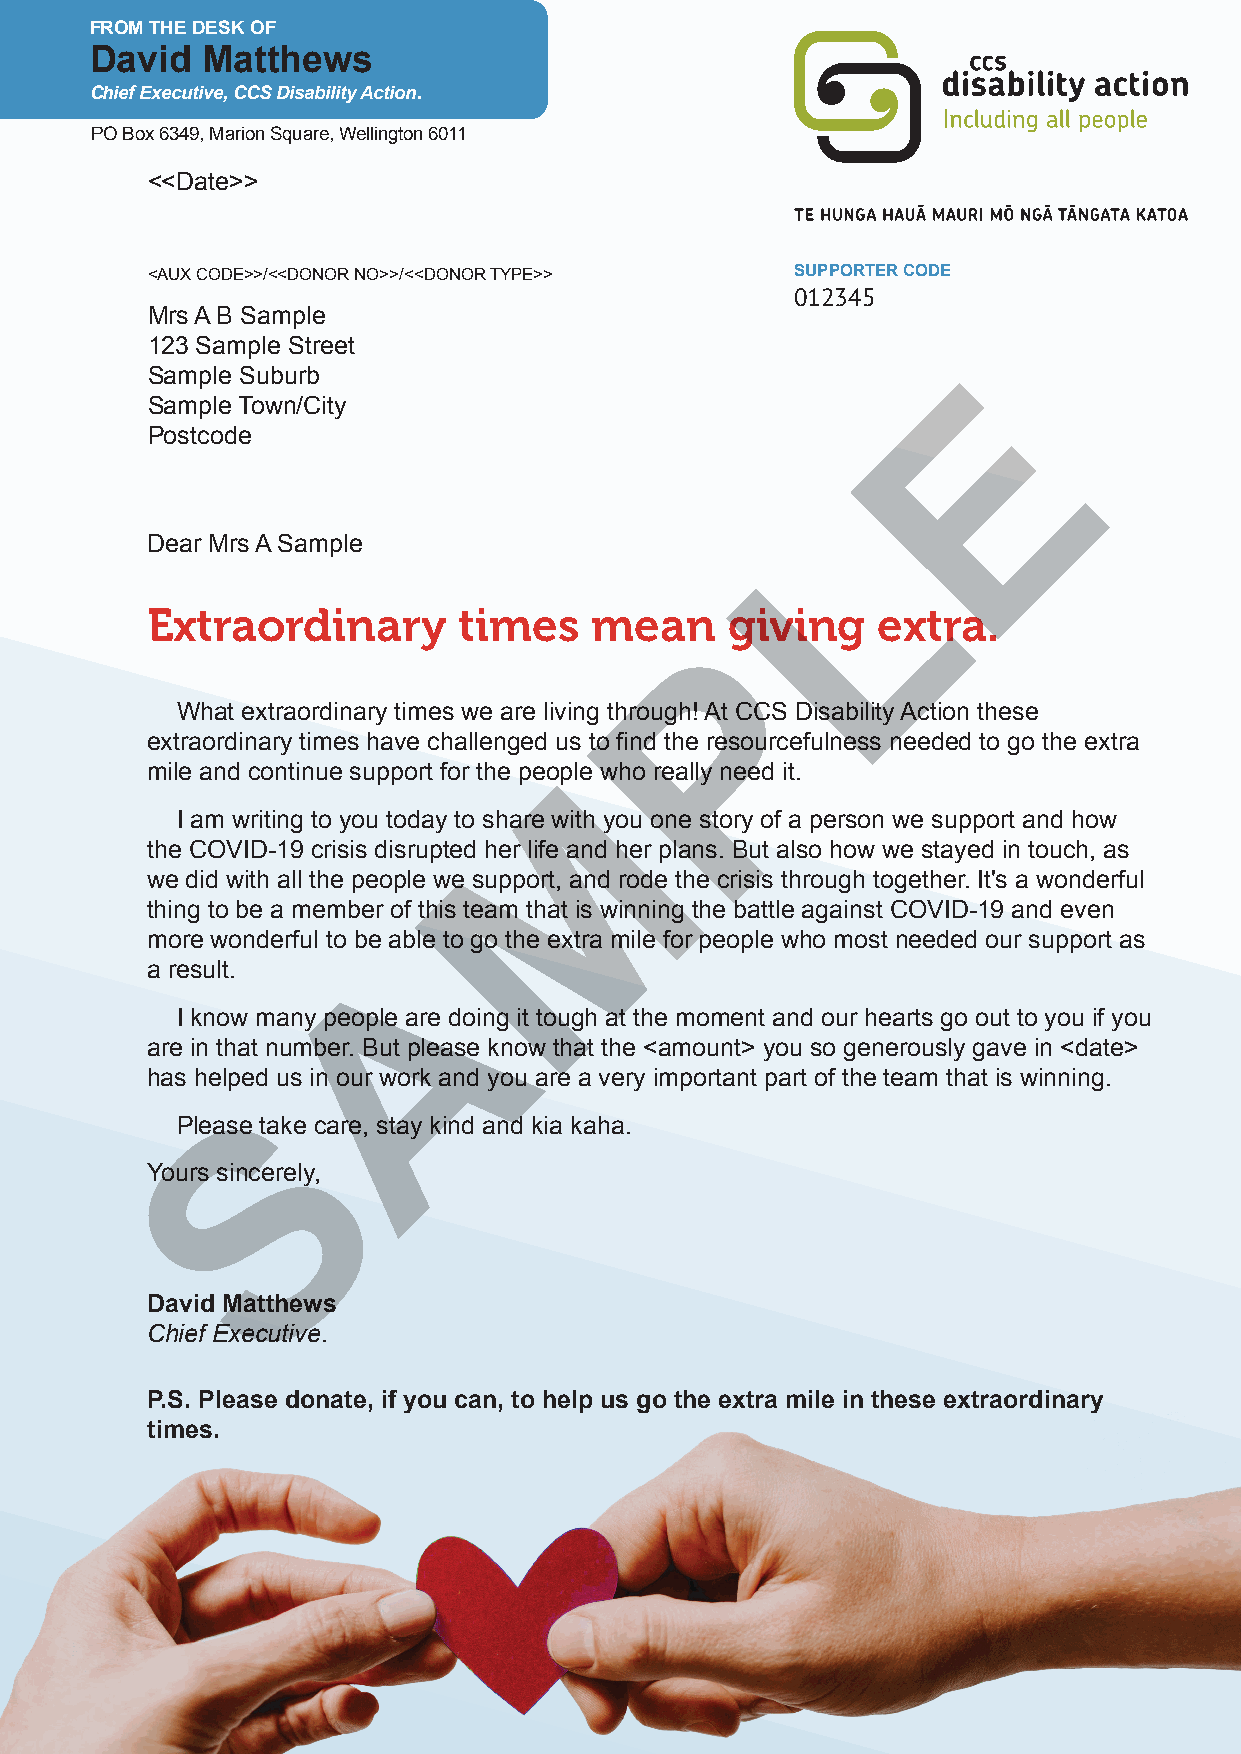
FROM THE DESK OF
 David  Matthews
 Chief Executive, CCS Disability Action.
 PO Box 6349, Marion Square, Wellington 6011
 <<Date>>
 <AUX CODE>>/<<DONOR NO>>/<<DONOR TYPE>>    SUPPORTER CODE
 012345
 Mrs A B Sample
 123 Sample Street
 E
 Sample Suburb
 Sample Town/City
 Postcode
 L
 Dear Mrs A Sample
 Extraordinary       times    mean     giving    extra.
 P
 What extraordinary times we are living through! At CCS Disability Action these
 extraordinary times have challenged us to find the resourcefulness needed to go the extra
 M
 mile and continue support for the people who really need it.
 I am writing to you today to share with you one story of a person we support and how
 the COVID-19 crisis disrupted her life and her plans. But also how we stayed in touch, as
 we did with all the people we support, and rode the crisis through together. It's a wonderful
 thing to be a member of this team that is winning the battle against COVID-19 and even
 more wonderful to be Aable to go the extra mile for people who most needed our support as
 a result.
 I know many people are doing it tough at the moment and our hearts go out to you if you
 are in that number. But please know that the <amount> you so generously gave in <date>
 has helped us in our work and you are a very important part of the team that is winning.
 S
 Please take care, stay kind and kia kaha.
 Yours sincerely,
 David Matthews
 Chief Executive.
 P.S. Please donate, if you can, to help us go the extra mile in these extraordinary
 times.